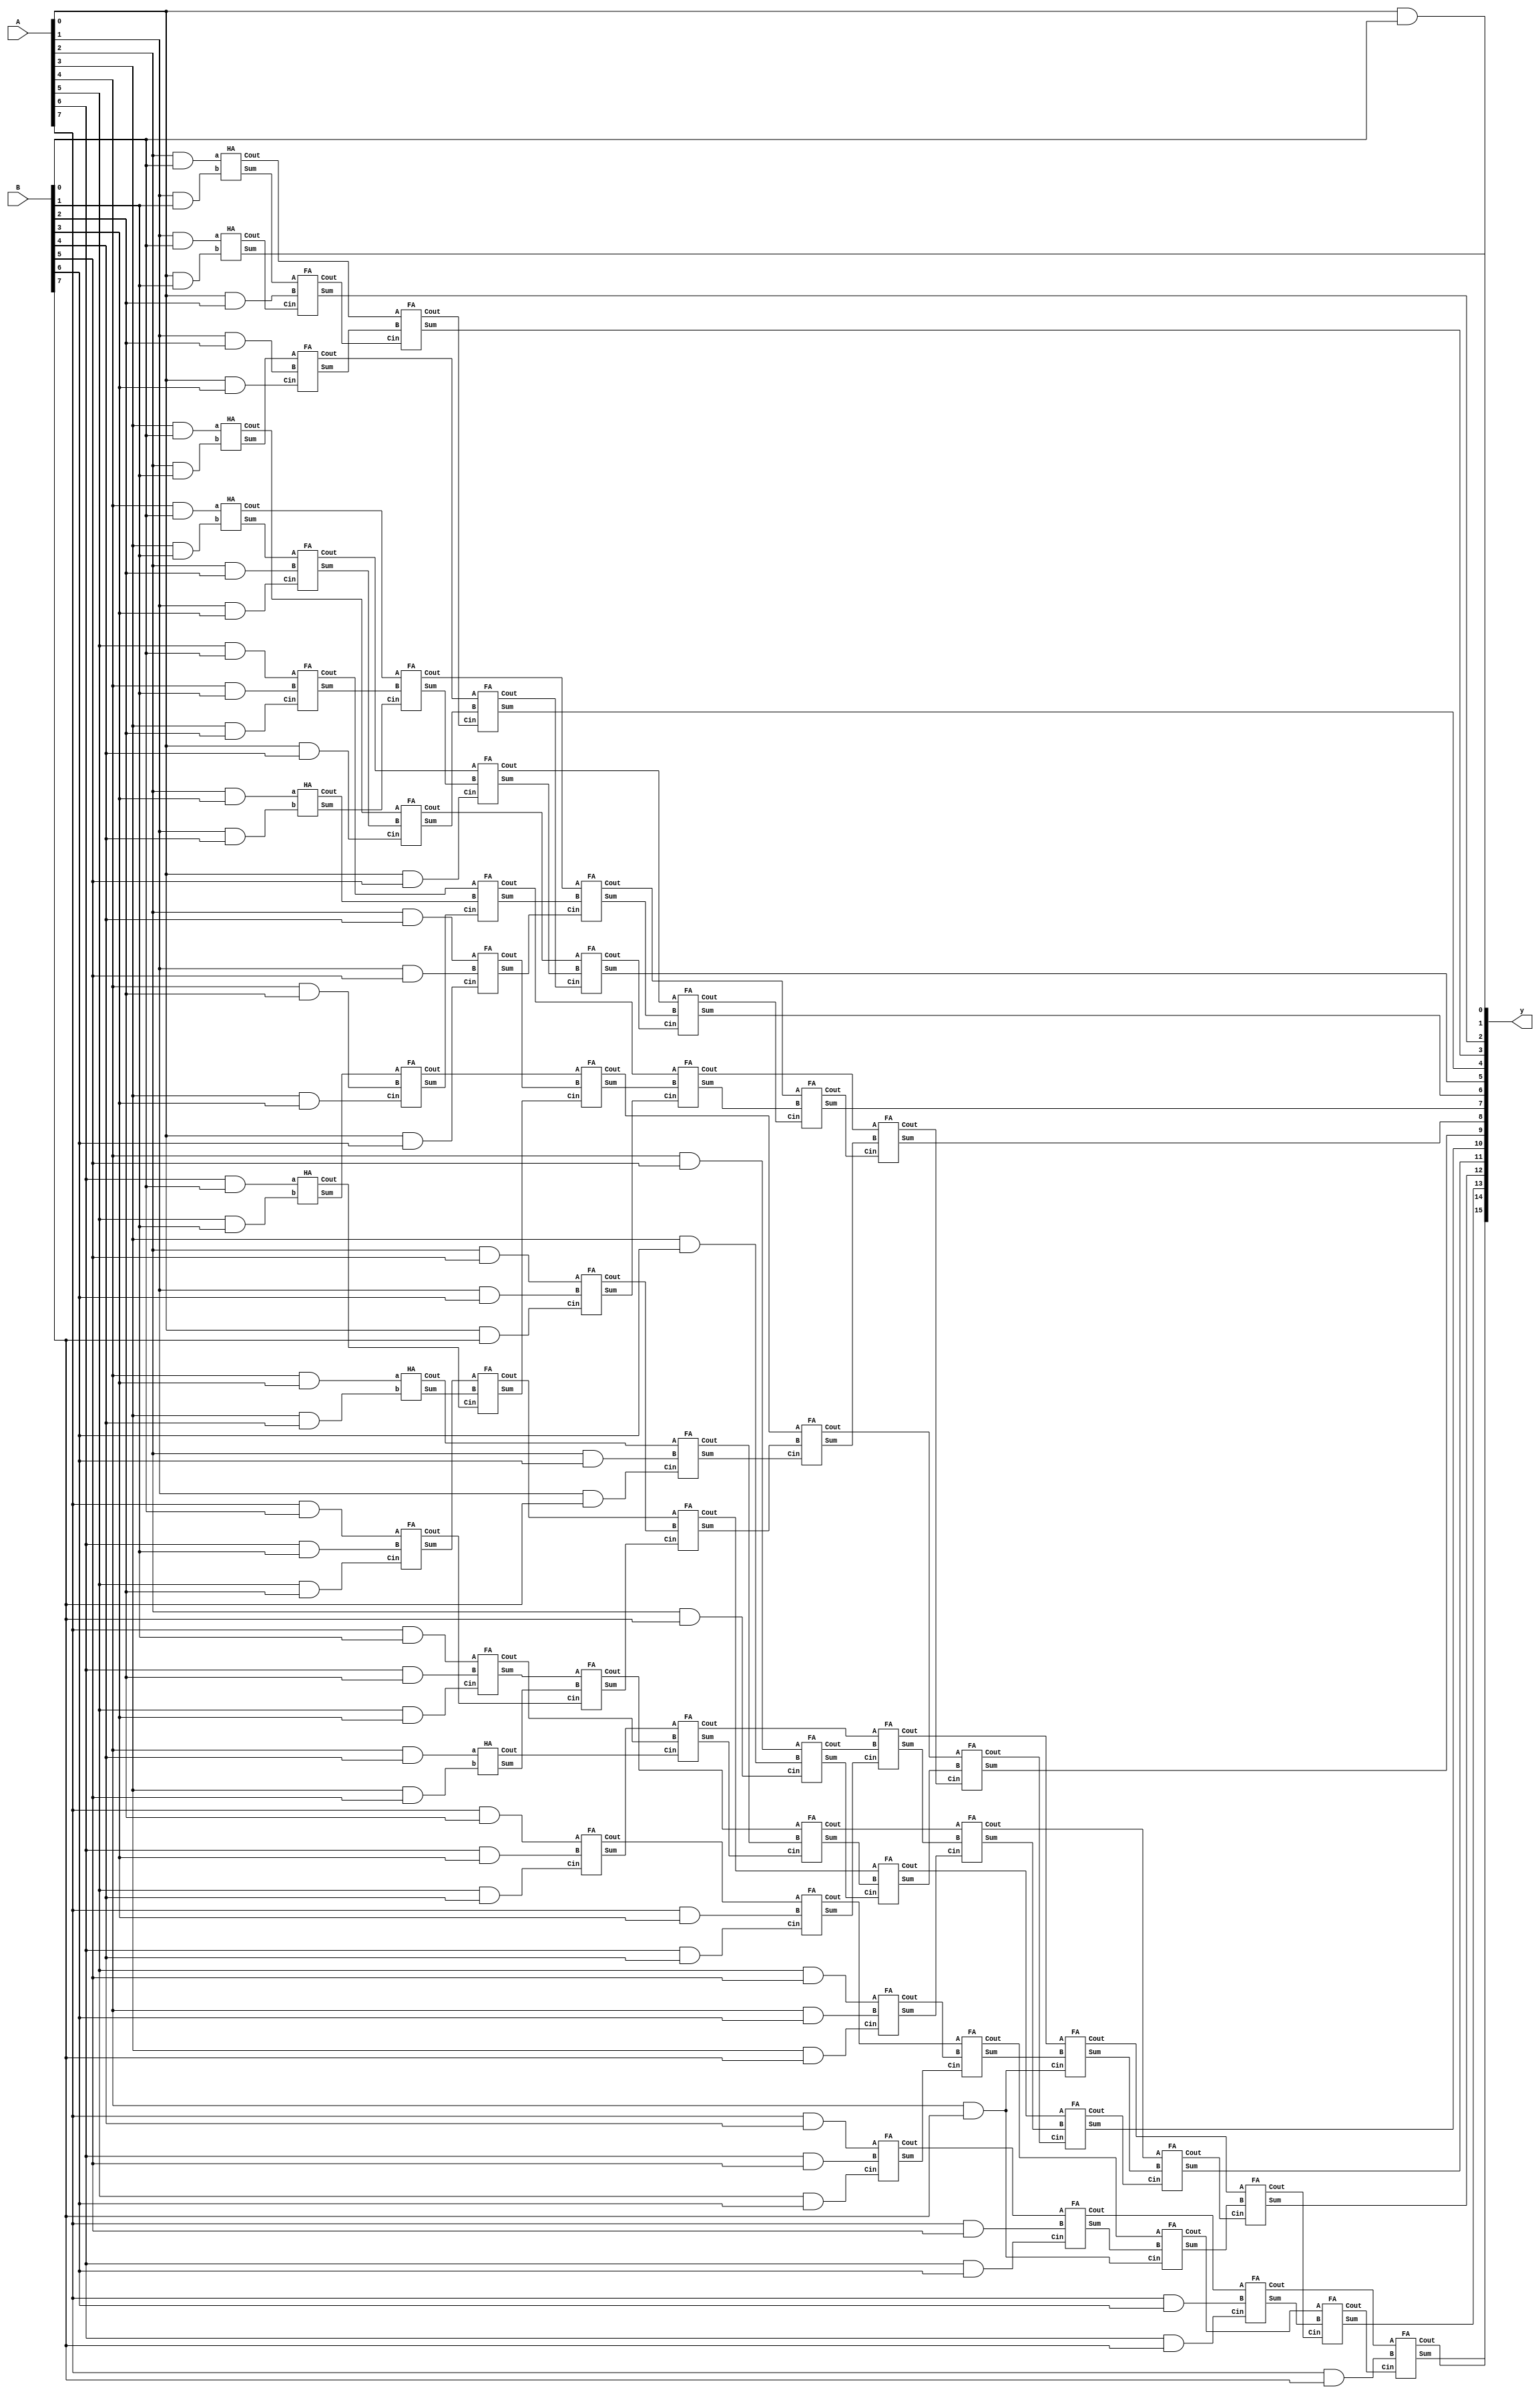
module multiplier1(input [7:0] A, input [7:0] B,output wire [15:0] y);
wire [63:0] pp;
wire [5:0]s1,c1;
wire [13:0]s2,c2;
wire [9:0]s3,c3;
wire [11:0]s4,c4;
wire [13:0]c5;
genvar i;
genvar j;

for(i = 0; i<8; i=i+1)begin

   for(j = 0; j<8;j = j+1)begin
      assign pp[j+i*8] = A[j]&B[i];
end
end
//stage 1
HA h1(.a(pp[6]),.b(pp[13]),.Sum(s1[0]),.Cout(c1[0]));
HA h2(.a(pp[28]),.b(pp[35]),.Sum(s1[2]),.Cout(c1[2]));
HA h3(.a(pp[36]),.b(pp[43]),.Sum(s1[4]),.Cout(c1[4]));

FA f1(.A(pp[7]),.B(pp[14]),.Cin(pp[21]),.Sum(s1[1]),.Cout(c1[1]));
FA f2(.A(pp[15]),.B(pp[22]),.Cin(pp[29]),.Sum(s1[3]),.Cout(c1[3]));
FA f3(.A(pp[23]),.B(pp[30]),.Cin(pp[37]),.Sum(s1[5]),.Cout(c1[5]));

//stage 2
HA h4(.a(pp[4]),.b(pp[11]),.Sum(s2[0]),.Cout(c2[0]));
HA h5(.a(pp[26]),.b(pp[33]),.Sum(s2[2]),.Cout(c2[2]));

FA f4(.A(pp[5]),.B(pp[12]),.Cin(pp[19]),.Sum(s2[1]),.Cout(c2[1]));
FA f5(.A(s1[0]),.B(pp[20]),.Cin(pp[27]),.Sum(s2[3]),.Cout(c2[3]));
FA f6(.A(pp[34]),.B(pp[41]),.Cin(pp[48]),.Sum(s2[4]),.Cout(c2[4]));
FA f7(.A(s1[1]),.B(s1[2]),.Cin(c1[0]),.Sum(s2[5]),.Cout(c2[5]));
FA f8(.A(pp[42]),.B(pp[49]),.Cin(pp[56]),.Sum(s2[6]),.Cout(c2[6]));
FA f9(.A(s1[3]),.B(s1[4]),.Cin(c1[1]),.Sum(s2[7]),.Cout(c2[7]));
FA f10(.A(c1[2]),.B(pp[50]),.Cin(pp[57]),.Sum(s2[8]),.Cout(c2[8]));
FA f11(.A(s1[5]),.B(c1[3]),.Cin(c1[4]),.Sum(s2[9]),.Cout(c2[9]));
FA f12(.A(pp[44]),.B(pp[51]),.Cin(pp[58]),.Sum(s2[10]),.Cout(c2[10]));
FA f13(.A(c1[5]),.B(pp[31]),.Cin(pp[38]),.Sum(s2[11]),.Cout(c2[11]));
FA f14(.A(pp[45]),.B(pp[52]),.Cin(pp[59]),.Sum(s2[12]),.Cout(c2[12]));
FA f15(.A(pp[39]),.B(pp[46]),.Cin(pp[53]),.Sum(s2[13]),.Cout(c2[13]));

//stage 3
HA h6(.a(pp[3]),.b(pp[10]),.Sum(s3[0]),.Cout(c3[0]));

FA f16(.A(s2[0]),.B(pp[18]),.Cin(pp[25]),.Sum(s3[1]),.Cout(c3[1]));
FA f17(.A(c2[0]),.B(s2[1]),.Cin(s2[2]),.Sum(s3[2]),.Cout(c3[2]));
FA f18(.A(c2[1]),.B(c2[2]),.Cin(s2[3]),.Sum(s3[3]),.Cout(c3[3]));
FA f19(.A(c2[3]),.B(c2[4]),.Cin(s2[5]),.Sum(s3[4]),.Cout(c3[4]));
FA f20(.A(c2[5]),.B(c2[6]),.Cin(s2[7]),.Sum(s3[5]),.Cout(c3[5]));
FA f21(.A(c2[7]),.B(c2[8]),.Cin(s2[9]),.Sum(s3[6]),.Cout(c3[6]));
FA f22(.A(c2[9]),.B(c2[10]),.Cin(s2[11]),.Sum(s3[7]),.Cout(c3[7]));
FA f23(.A(c2[11]),.B(c2[12]),.Cin(s2[13]),.Sum(s3[8]),.Cout(c3[8]));
FA f24(.A(c2[13]),.B(pp[47]),.Cin(pp[54]),.Sum(s3[9]),.Cout(c3[9]));

//stage 4
HA h7(.a(pp[2]),.b(pp[9]),.Sum(s4[0]),.Cout(c4[0]));

FA f25(.A(s3[0]),.B(pp[17]),.Cin(pp[24]),.Sum(s4[1]),.Cout(c4[1]));
FA f26(.A(c3[0]),.B(s3[1]),.Cin(pp[32]),.Sum(s4[2]),.Cout(c4[2]));
FA f27(.A(c3[1]),.B(s3[2]),.Cin(pp[40]),.Sum(s4[3]),.Cout(c4[3]));
FA f28(.A(c3[2]),.B(s3[3]),.Cin(s2[4]),.Sum(s4[4]),.Cout(c4[4]));
FA f29(.A(c3[3]),.B(s3[4]),.Cin(s2[6]),.Sum(s4[5]),.Cout(c4[5]));
FA f30(.A(c3[4]),.B(s3[5]),.Cin(s2[8]),.Sum(s4[6]),.Cout(c4[6]));
FA f31(.A(c3[5]),.B(s3[6]),.Cin(s2[10]),.Sum(s4[7]),.Cout(c4[7]));
FA f32(.A(c3[6]),.B(s3[7]),.Cin(s2[12]),.Sum(s4[8]),.Cout(c4[8]));
FA f33(.A(c3[7]),.B(s3[8]),.Cin(pp[60]),.Sum(s4[9]),.Cout(c4[9]));
FA f34(.A(c3[8]),.B(s3[9]),.Cin(pp[60]),.Sum(s4[10]),.Cout(c4[10]));
FA f35(.A(c3[9]),.B(pp[55]),.Cin(pp[62]),.Sum(s4[11]),.Cout(c4[11]));

// stage5
HA h8(.a(pp[1]),.b(pp[8]),.Sum(y[1]),.Cout(c5[0]));

FA f36(.A(s4[0]),.B(pp[16]),.Cin(c5[0]),.Sum(y[2]),.Cout(c5[1]));
FA f37(.A(c4[0]),.B(s4[1]),.Cin(c5[1]),.Sum(y[3]),.Cout(c5[2]));
FA f38(.A(c4[1]),.B(s4[2]),.Cin(c5[2]),.Sum(y[4]),.Cout(c5[3]));
FA f39(.A(c4[2]),.B(s4[3]),.Cin(c5[3]),.Sum(y[5]),.Cout(c5[4]));
FA f40(.A(c4[3]),.B(s4[4]),.Cin(c5[4]),.Sum(y[6]),.Cout(c5[5]));
FA f41(.A(c4[4]),.B(s4[5]),.Cin(c5[5]),.Sum(y[7]),.Cout(c5[6]));
FA f42(.A(c4[5]),.B(s4[6]),.Cin(c5[6]),.Sum(y[8]),.Cout(c5[7]));
FA f43(.A(c4[6]),.B(s4[7]),.Cin(c5[7]),.Sum(y[9]),.Cout(c5[8]));
FA f44(.A(c4[7]),.B(s4[8]),.Cin(c5[8]),.Sum(y[10]),.Cout(c5[9]));
FA f45(.A(c4[8]),.B(s4[9]),.Cin(c5[9]),.Sum(y[11]),.Cout(c5[10]));
FA f46(.A(c4[9]),.B(s4[10]),.Cin(c5[10]),.Sum(y[12]),.Cout(c5[11]));
FA f47(.A(c4[10]),.B(s4[11]),.Cin(c5[11]),.Sum(y[13]),.Cout(c5[12]));
FA f48(.A(c4[11]),.B(pp[63]),.Cin(c5[12]),.Sum(y[14]),.Cout(c5[13]));
assign y[0] =  pp[0];
assign y[15] = c5[13];
endmodule

module HA(input a, b, output Sum, Cout);

assign Sum = a ^ b; 
assign Cout = a & b; 

endmodule
module FA(input A,B,Cin,output Sum,Cout);
    
assign Sum = A^B^Cin;
assign Cout = (A&B)|(A&Cin)|(B&Cin);
    
endmodule